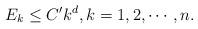
LaTeX: \begin{align*}E_k \le C'k^d, k=1,2,\cdots,n.\end{align*}